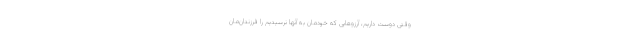
وقتی دوست داریم، آرزوهایی که خودمان به آنها نرسیدیم را فرزندان‌مان